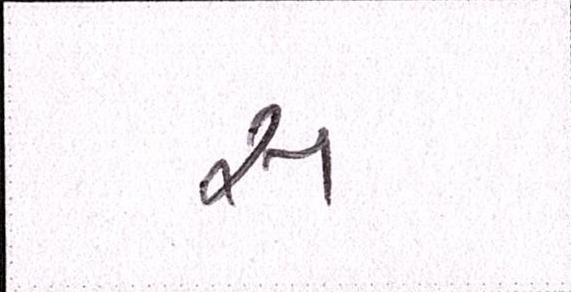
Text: સ